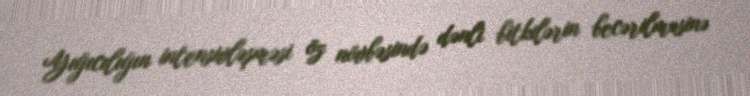
Yığıcılığın intensivləşməsi öz növbəsində dənli bitkilərin becərilməsinə